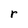
Character: r